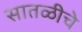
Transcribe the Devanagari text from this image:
सातळीचे